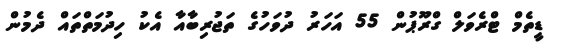
ޑީތެމް ޓްރެވަލް ގްރޫޕުން 55 އަހަރު ދުވަހުގެ ތަޖުރިބާއާ އެކު ހިދުމަތްތައް ދެމުން